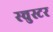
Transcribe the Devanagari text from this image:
स्चुस्टर